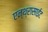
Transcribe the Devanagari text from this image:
एन्थ्रासाईट